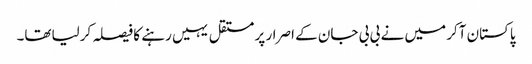
پاکستان آکر میں نے بی بی جان کے اصرار پر مستقل یہیں رہنے کا فیصلہ کرلیاتھا۔